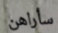
سأراهن